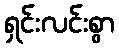
ရှင်းလင်းစွာ